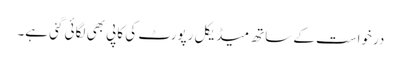
درخواست کے ساتھ میڈیکل رپورٹ کی کاپی بھی لگائی گئی ہے۔